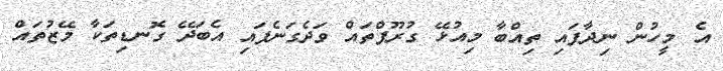
އެ މީހުން ނިދާފައި ތިއްބާ މިއުޅޭ ގުރޫޕްތައް ވަދެގަނެފައި އެބަދޭ ގޮނޑިތަކާ މޭޒުތައް